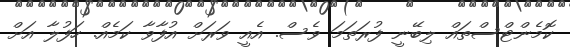
ކޮމެންޓްސްތައް ލިބޭނީ ފުރަތަމަ ވެސް. އެއީ ވަރަށް އުފާވާ ކަމެއް. ހަފުލާ އަށް